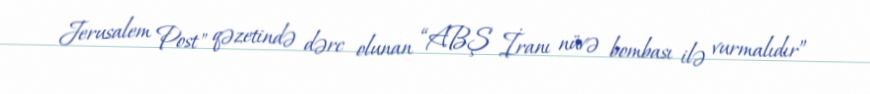
Jerusalem Post" qəzetində dərc olunan “ABŞ İranı nüvə bombası ilə vurmalıdır”